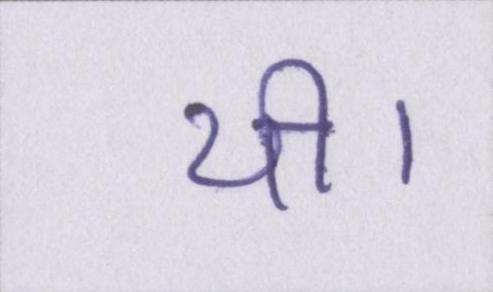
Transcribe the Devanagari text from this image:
थी।